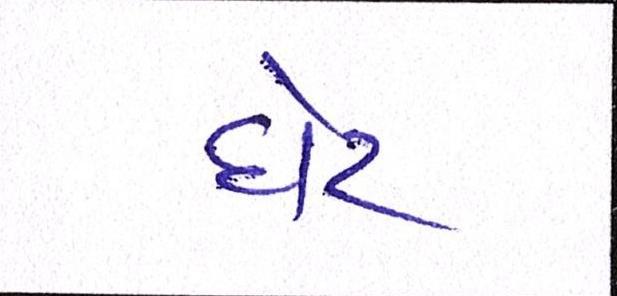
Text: ધેટ